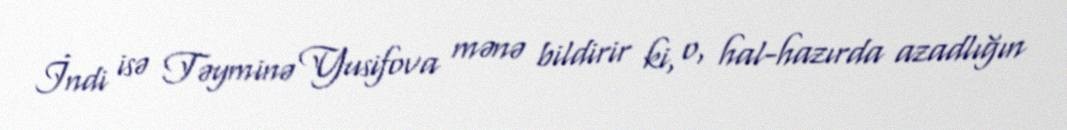
İndi isə Təyminə Yusifova mənə bildirir ki, o, hal-hazırda azadlığın